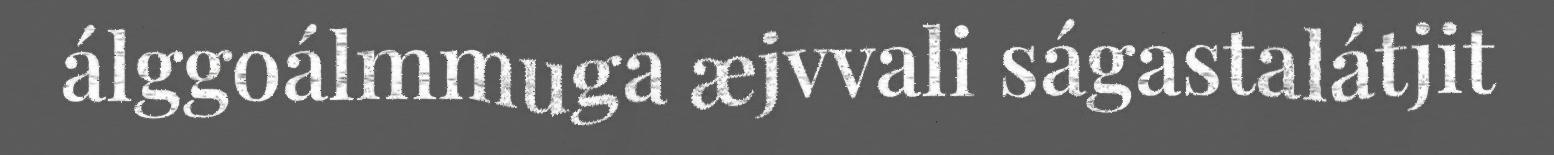
álggoálmmuga æjvvali ságastalátjit